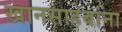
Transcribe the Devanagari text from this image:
खानसाहेबांना